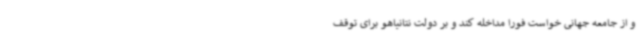
و از جامعه جهانی خواست فورا مداخله کند و بر دولت نتانیاهو برای توقف